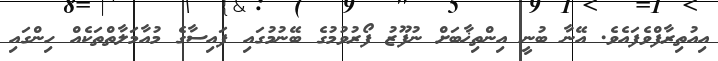
އިއުތިރާފްވެފައެވެ. އޭނާ ބުނީ އިންތިޚާބަށް ނުފޫޒު ފޯރުވުމުގެ ބޭނުމުގައި ފައިސާގެ މުއާމަލާތްތަކެއް ހިންގައި